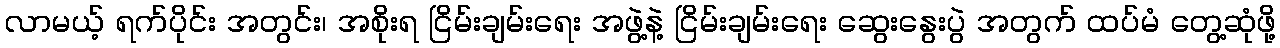
လာမယ့် ရက်ပိုင်း အတွင်း၊ အစိုးရ ငြိမ်းချမ်းရေး အဖွဲ့နဲ့ ငြိမ်းချမ်းရေး ဆွေးနွေးပွဲ အတွက် ထပ်မံ တွေ့ဆုံဖို့